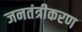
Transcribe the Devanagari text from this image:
जनतंत्रीकरण